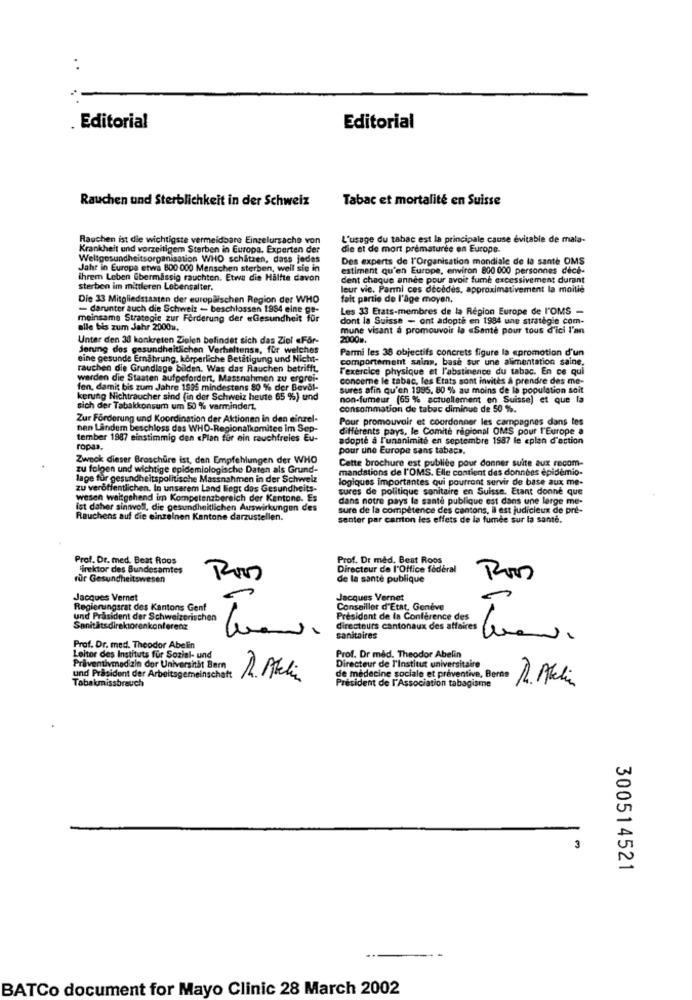
. Editorial
Editorial
Rauchen und Sterblichkeit in der Schweiz
Tabac et mortalité en Suisse
Rauchen ist die wichtigste vermeidbare Einzelursache von
L'usage du tabac est la principale cause évitable de mala-
Krankheit und vorzeitigem Sterben in Europa. Experten der
die et de mont prématurée en Europe.
Weltgesundheitsorganisation WHO schatten, dass jedes
Des experts de l'Organisation mondiale de la santé OMS
Jahr in Europe etwa 800 000 Menschen sterben, weil sie in
estiment qu'en Europe, environ 800 000 personnes dece-
ihrem Leben Ebermässig rauchten. Etwa die Hälfte davon
dent chaque année pour avoir fume excessivement durant
sterben im mittleren Lebensalter.
leur vie. Parmi ces décédés, approximativement la moitié
Die 33 Mitgliedstaaten der europäischen Region der WHO
fait partie de l'age moyen,
- darunter auch die Schweiz - beschlossen 1954 eine ge-
Les 33 Erats-membres de la Région Europe de l'OMS -
meinsame Strategie zur Förderung der «Gesundheit für
dont la Suisse - ont adopte en 1984 une strategie com-
alle bis zum Jahr 2000m.
mune visant à promouvoir la «Santé pour tous d'ici l'an
Unter den 38 konkreten Zielen befindet sich das Ziel «For-
2000m.
Jonung des gesundheitlichen Verhaltenss, für welches
Parmi les 38 objectifs concrets figure la epromotion d'un
eine gesunde Ernährung, körperliche Betätigung und Nicht-
comportement sains, base sur une alimentation saine.
rauchen die Grundlage bilden. Was das Rauchen betrifft.
l'exercice physique et l'abstinence du tabac. En ce qui
werden die Staaten aufgefordert, Massnahmen zu ergrei-
concerne le tabac, les Etats sont invités à prendre des me-
fen, damit bis zum Jahre 1995 mindestens 80 % der Beval-
sures afin qu'en 1995, 80 % au moins de la population soit
kerung Nichtraucher sind (in der Schweiz heute 65 %) und
non-fumeur (65 % actuellement en Suisse) et que la
sich der Tabakkonsum um 50 % vermindert.
consommation de tabac diminue de 50 %.
Zur Förderung und Koordination der Aktionen in den einzel-
Pour promouvoir et coordonner les campagnes dans les
nen Landem beschloss das WHO-Regionalkomitee im Sep-
différents pays, le Comité régional OMS pour l'Europe a
tember 1987 einstimmig den «Plan for ein rauchfreies Eu-
adopté à l'unanimité en septembre 1987 le eplan d'action
ropas.
pour une Europe sans tabacs.
Zwnok dieser Broschüre ist, den Empfehlungen der WHO
Cette brochure est publiée pour donner suite aux recom-
zu folgen und wichtige epidemiologische Daten als Grund-
mandations de l'OMS. Elle contient des données epidemio-
lage für gesundheitspolitische Massnahmen in der Schweiz
logiques importantes qui pourront servir de base aux me-
zu veröffentlichen. In unserem Land liegt das Gesundheits-
sures de politique sanitaire en Suisse. Etant donne que
wesen weitgehend im Kompetenzbereich der Kentone. Es
dans notre pays la santé publique est dans une large me-
ist daher sinnvoll, die gesundheitlichen Auswirkungen des
sure de la compétence des cantons, il est judicieux de pré-
Rauchens auf die einzelnen Kantone darzustellen.
senter par canton les effets de la fumée sur la santé.
Prof. Dr. med. Beat Roos
Prof. Dr med. Best Roos
irektor des Bundesamtes
Directeur de l'Office fédéral
für Gesundheitswesen
de la santé publique
Jacques Vernet
Jacques Vernet
gieningsrat des Kantons Genf
Conseiller d'Etat, Genève
und Präsident der Schweizerischen
President de In Conference des
Sanitätsdirektorenkonferenz
directeurs cantonaux des affaires
sanitaires
Prof. Dr. med. Theodor Abelin
Leitor des Instituts für Sozial- und
Directeur de l'institut universitaire
Prof. Dr med. Theodor Abelin
Präventivmedizin der Universität Bern
und Präsident der Arbeitsgemeinschaft
Tabakmissbrauch
R. Aki
de médecine sociale et préventive, Berne 1. Abeli
President de l'Association tabagisme
3
300514521
BATCo document for Mayo Clinic 28 March 2002